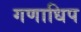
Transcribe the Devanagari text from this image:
गणाधिप